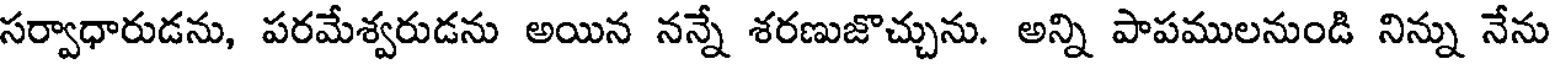
సర్వాధారుడను, పరమేశ్వరుడను అయిన నన్నే శరణుజొచ్చును. అన్ని పాపములనుండి నిన్ను నేను